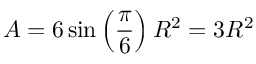
A = 6 \sin \left( { \frac { \pi } { 6 } } \right) R ^ { 2 } = 3 R ^ { 2 }